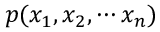
p ( x _ { 1 } , x _ { 2 } , \cdots x _ { n } )